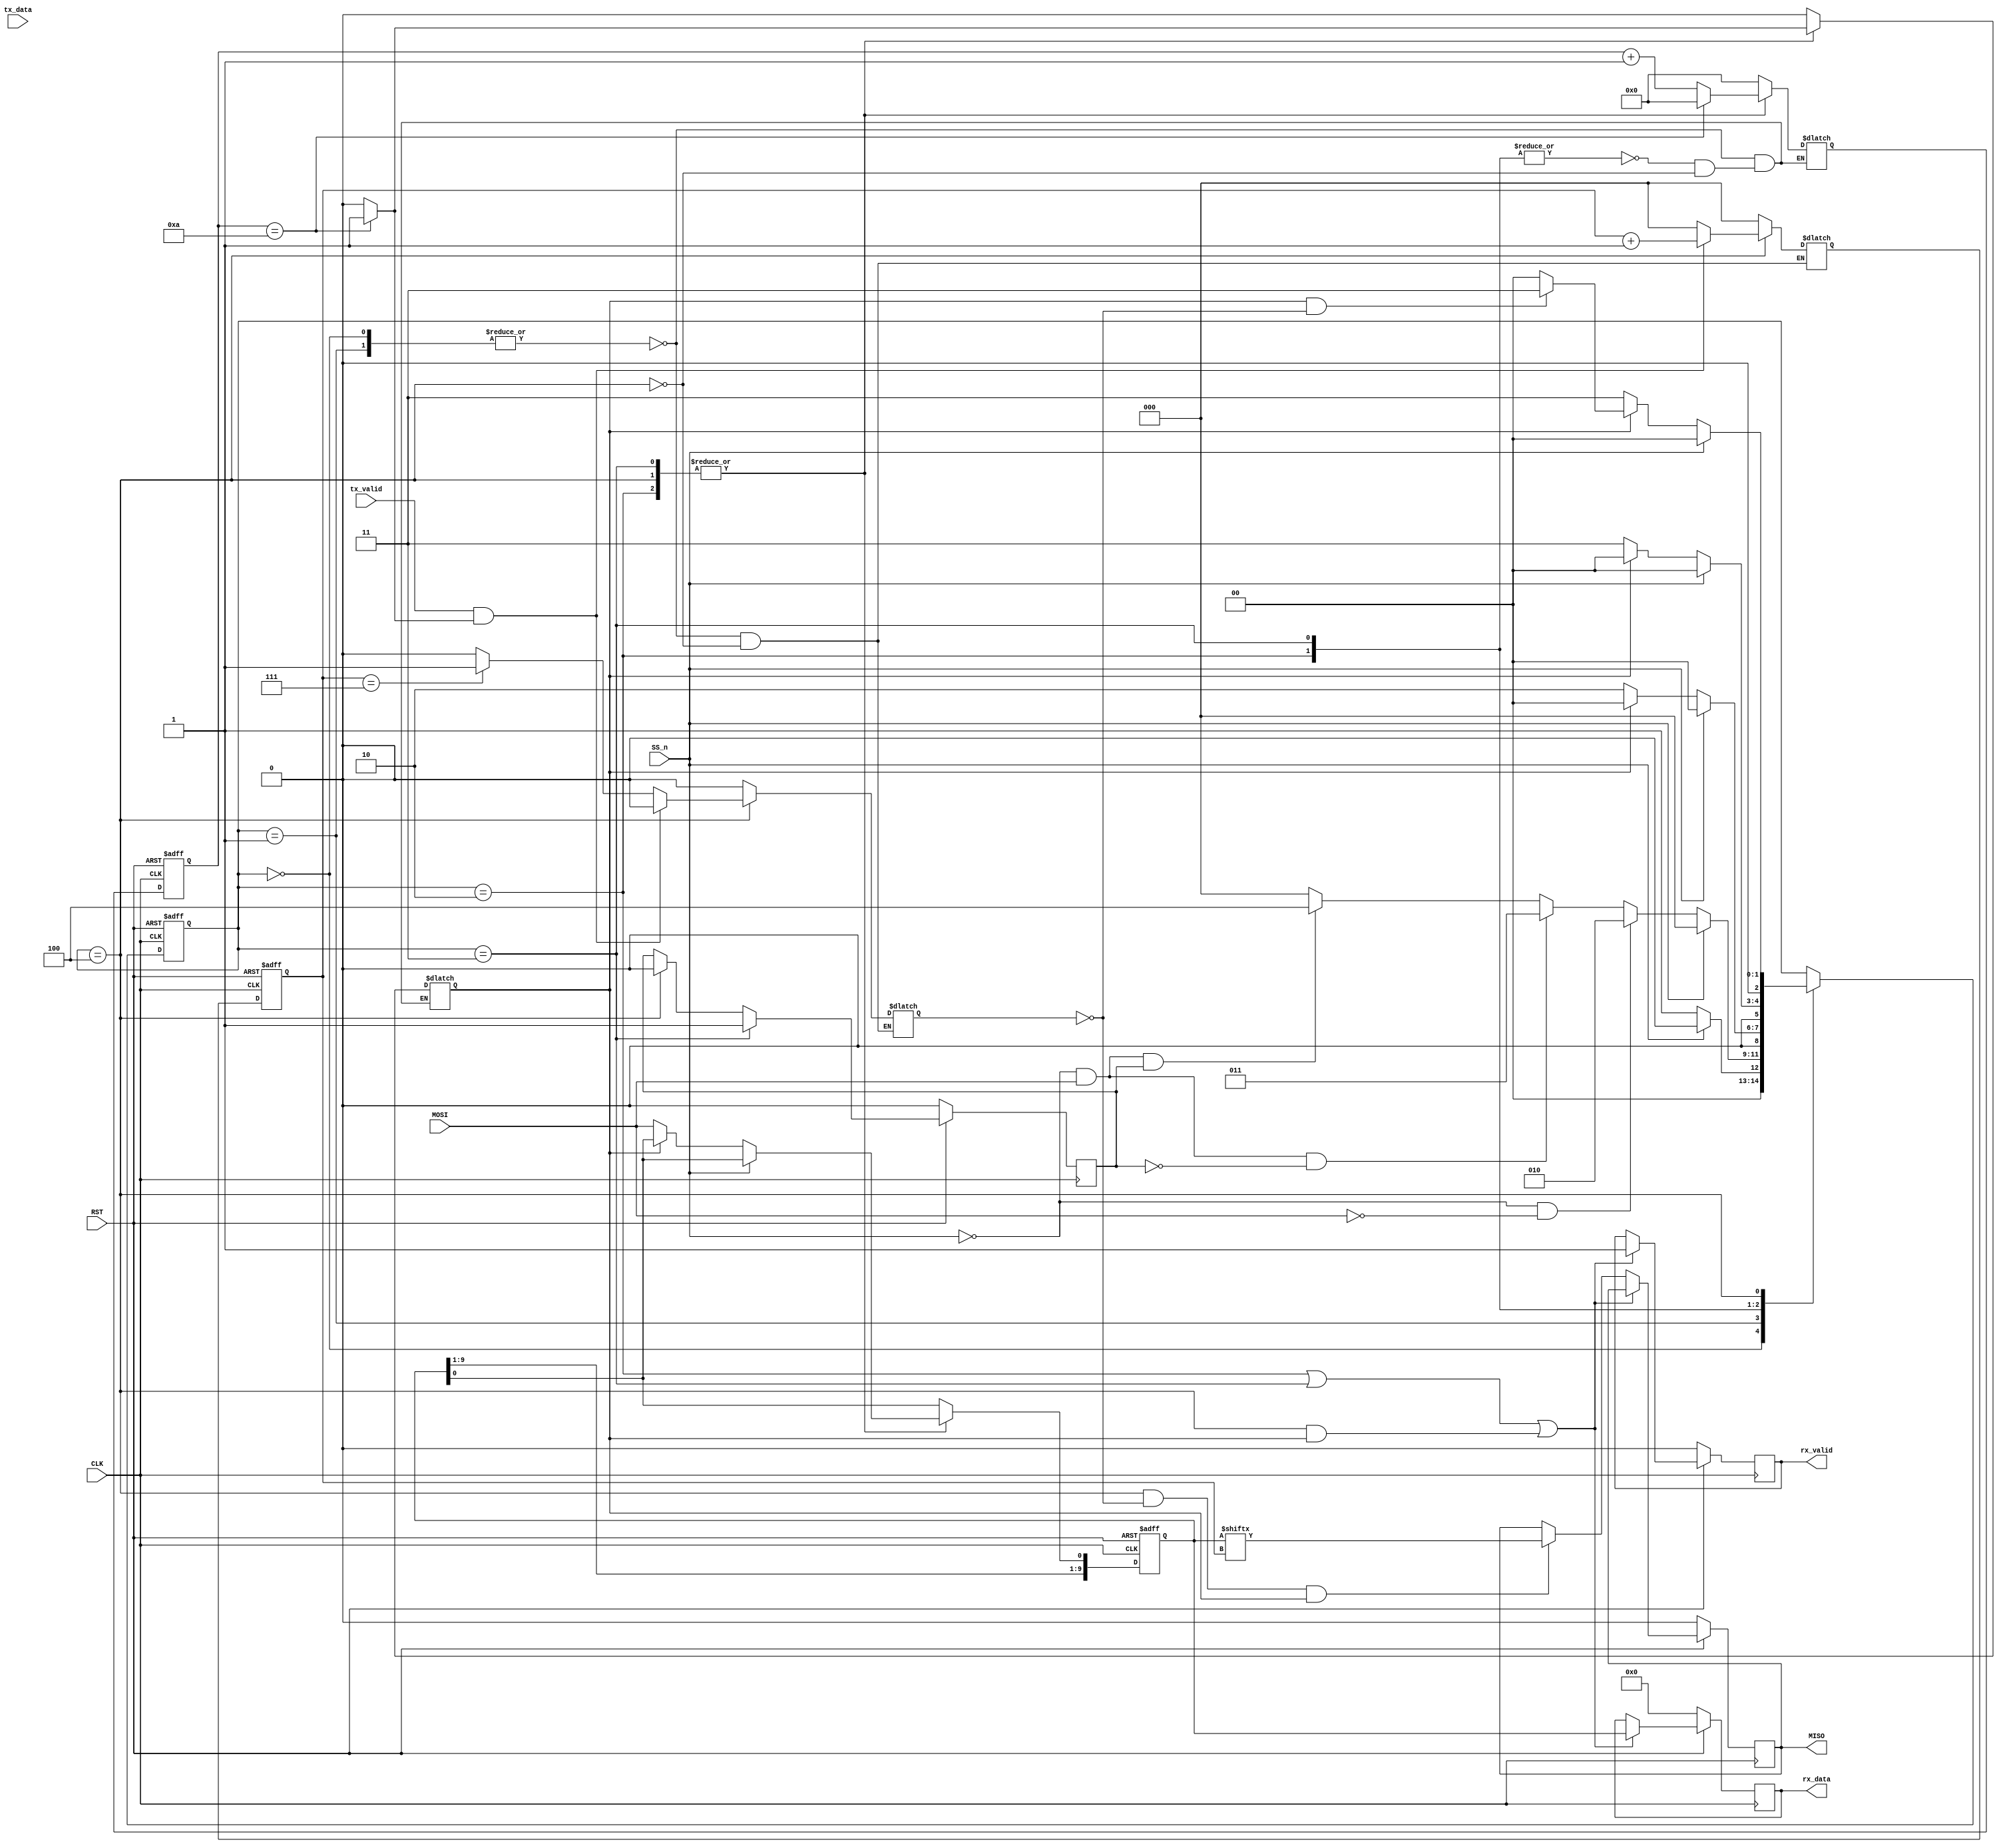
module SPI_SLAVE #(
    parameter MEM_DEPTH = 256 , ADDR_SIZE = 8
) (
    input CLK , RST ,
    input MOSI  , SS_n ,
    input [ADDR_SIZE + 1 : 0] tx_data ,
    input tx_valid ,
    output reg [ADDR_SIZE + 1 : 0] rx_data ,
    output reg rx_valid , 
    output reg MISO
);


    reg internal_signal ;
    reg [2:0] current_state , next_state ;
    reg [ADDR_SIZE + 1 : 0] current_data , next_data;
    reg [3:0] counter , counter_next ;
    reg [2:0] counter_8 , counter_next_8 ;

    reg Flag ,Flag8 ;


    localparam  IDLE      = 0 ,
                CHK_CMD   = 1 ,
                WRITE     = 2 ,
                READ_ADD  = 3 ,
                READ_DATA = 4 ;
    always @(posedge CLK or negedge RST) begin
        if(~RST) begin
            current_state   <= IDLE ;
        //    internal_signal <= 0 ;
            current_data    <= 0;
            counter <= 0;
            counter_8 <= 0;
        end

        else begin
            current_state   <= next_state ;
            current_data    <= next_data;
            counter <= counter_next ;
            counter_8<= counter_next_8;
        end
    end


    always @(*) begin
        next_data = current_data;
        next_state = current_state ;
        case(current_state) 

        IDLE : begin
            if(SS_n) 
            next_state = IDLE ;
            else
                next_state = CHK_CMD ;
        end

        CHK_CMD : begin
            if(SS_n) 
            next_state = IDLE ;
            else if(~SS_n && ~MOSI)
                next_state = WRITE ;
            else if (~SS_n && MOSI && ~internal_signal )
                next_state = READ_ADD ;
            else if (~SS_n && MOSI && internal_signal ) 
                next_state = READ_DATA ;
            else
            next_state = IDLE ;
        end
        WRITE : begin
            if(~SS_n) begin
                if(~Flag) begin
                    next_data = {current_data[ADDR_SIZE + 1 : 1],MOSI} ;
                    next_state = WRITE ;
                end
                else begin
                   next_state = IDLE ;
                end
            end
            else begin
                next_state = IDLE ;
            end
        end
        READ_ADD : begin
            if(~SS_n) begin
                if(~Flag) begin
                    next_data = {current_data[ADDR_SIZE + 1 : 1],MOSI} ;
                    next_state = READ_ADD ;
                end
                else begin
                   next_state = IDLE ;
                end
            end
            else begin
                next_state = IDLE ;
            end
        end

        READ_DATA : begin
            if(~SS_n) begin
                if(~Flag) begin
                    next_data = {current_data[ADDR_SIZE + 1 : 1],MOSI} ;
                    next_state = READ_ADD ;
                end
                else if(Flag && ~Flag8 ) begin
                   next_state = READ_ADD ;
                end
                else begin
                    next_state = IDLE ;
                end
            end
            else begin
                next_state = IDLE ;
            end
        end
        endcase
    end

    always @(*) begin
        case (current_state)
        IDLE , CHK_CMD : begin
            counter_next = 0 ;
            Flag = 0 ;
            counter_next_8 = 0 ;
            Flag8 = 0 ;
        end
        WRITE , READ_ADD : begin
            if(counter == 10 )begin
                counter_next = 0 ;
                Flag = 1;
            end
            else begin
                counter_next = counter + 1 ;
                Flag = 0 ;
            end
        end
        READ_DATA : begin
            if(counter == 10 )begin
                counter_next = 0 ;
                Flag = 1;
            end
            else begin
                counter_next = counter + 1 ;
                Flag = 0 ;
            end
            if(tx_valid && Flag ) begin
                counter_next_8 = counter_8 + 1 ;
                Flag8 = 0 ;
            end
            else if(counter_8 == 7) begin
                counter_next_8 = 0 ;
                Flag8 = 1 ;
            end
            else begin
                counter_next_8 = 0 ;
                Flag8 = 0 ;
            end
        end
        endcase
    end

    always @(posedge CLK) begin
        if(~RST) begin
            internal_signal <= 0;
        end
        else if (current_state == READ_ADD ) begin
            internal_signal <= 1;
        end
        else if(current_state == READ_DATA ) begin
            internal_signal <= 0;
        end

    end

    always @(posedge CLK) begin
        if(~RST) begin
            rx_data <= 0 ;
            MISO <=0 ;
            rx_valid <=0;
        end
        else begin
          if((current_state == WRITE)|| (current_state == READ_ADD) || (current_state == READ_DATA) && Flag) begin
            rx_data <= current_data ;
            rx_valid <= 1;
          end
          else if ((current_state == READ_DATA) && ~Flag8 && Flag) begin
                MISO <= current_data[counter_8];
          end
        end
    end
    
endmodule